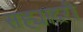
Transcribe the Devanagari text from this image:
सह्यादरी